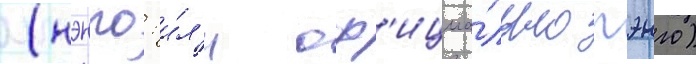
(нэнго: и́л'и оф'ициа́льно гэнго)